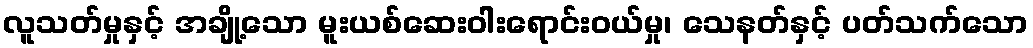
လူသတ်မှုနှင့် အချို့သော မူးယစ်ဆေးဝါးရောင်းဝယ်မှု၊ သေနတ်နှင့် ပတ်သက်သော